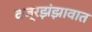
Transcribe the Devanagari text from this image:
वज्रझंझावात